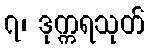
၇၊ ဒုက္ကရသုတ်